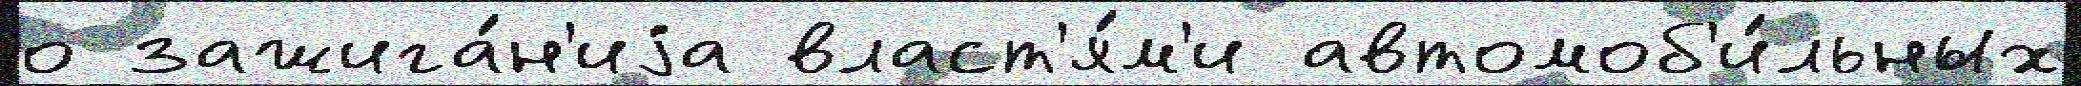
о зажига́н'иjа власт'я́м'и автомоб'и́льных